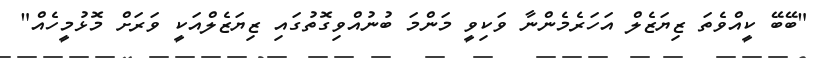
"ބޭބޭ ކީއްވެތަ ޒިޔަޒެލް އަހަރެމެންނާ ވަކިވީ މަންމަ ބުނުއްވިގޮތުގައި ޒިޔަޒެލްއަކީ ވަރަށް މޮޅުމީހެއް"